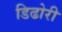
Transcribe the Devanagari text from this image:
डिढोरी